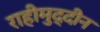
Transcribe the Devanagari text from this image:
राहीमुद्दीन